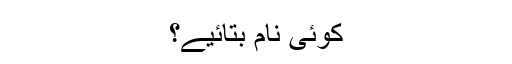
کوئی نام بتائیے؟